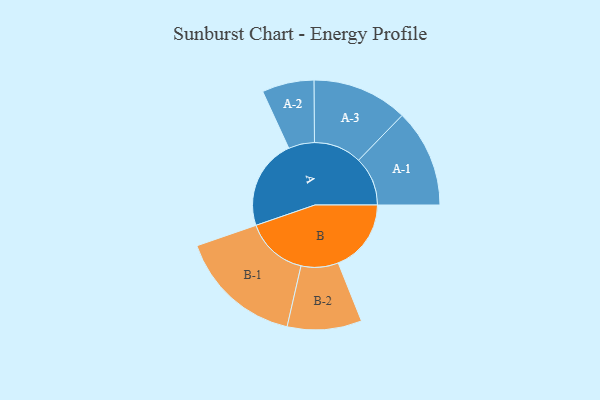
{"axis": {"x": "Segment", "y": "Value"}, "legend": ["", "A", "B"], "data": [{"x": "A", "y": 434, "type": ""}, {"x": "B", "y": 351, "type": ""}, {"x": "A-1", "y": 236, "type": "A"}, {"x": "A-2", "y": 125, "type": "A"}, {"x": "A-3", "y": 230, "type": "A"}, {"x": "B-1", "y": 299, "type": "B"}, {"x": "B-2", "y": 179, "type": "B"}]}